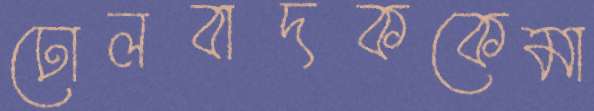
ঢোলবাদককেমা